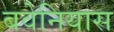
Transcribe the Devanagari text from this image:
बवेनियास